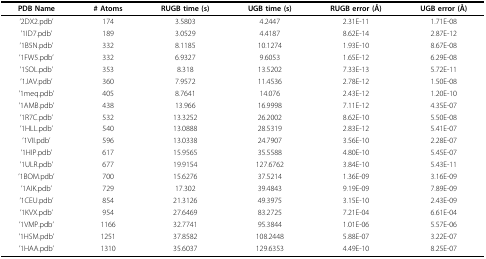
<table><thead><tr><td><b>PDB Name</b></td><td><b># Atoms</b></td><td><b>RUGB time (s)</b></td><td><b>UGB time (s)</b></td><td><b>RUGB error (Å)</b></td><td><b>UGB error (Å)</b></td></tr></thead><tbody><tr><td>&#x27;2DX2.pdb&#x27;</td><td>174</td><td>3.5803</td><td>4.2447</td><td>2.31E-11</td><td>1.71E-08</td></tr><tr><td>&#x27;1ID7.pdb&#x27;</td><td>189</td><td>3.0529</td><td>4.4187</td><td>8.62E-14</td><td>2.87E-12</td></tr><tr><td>&#x27;1B5N.pdb&#x27;</td><td>332</td><td>8.1185</td><td>10.1274</td><td>1.93E-10</td><td>8.67E-08</td></tr><tr><td>&#x27;1FW5.pdb&#x27;</td><td>332</td><td>6.9327</td><td>9.6053</td><td>1.65E-12</td><td>6.29E-08</td></tr><tr><td>&#x27;1SOL.pdb&#x27;</td><td>353</td><td>8.318</td><td>13.5202</td><td>7.33E-13</td><td>5.72E-11</td></tr><tr><td>&#x27;1JAV.pdb&#x27;</td><td>360</td><td>7.9572</td><td>11.4536</td><td>2.78E-12</td><td>1.50E-08</td></tr><tr><td>&#x27;1meq.pdb&#x27;</td><td>405</td><td>8.7641</td><td>14.076</td><td>2.43E-12</td><td>1.20E-10</td></tr><tr><td>&#x27;1AMB.pdb&#x27;</td><td>438</td><td>13.966</td><td>16.9998</td><td>7.11E-12</td><td>4.35E-07</td></tr><tr><td>&#x27;1R7C.pdb&#x27;</td><td>532</td><td>13.3252</td><td>26.2002</td><td>8.62E-10</td><td>5.50E-08</td></tr><tr><td>&#x27;1HLL.pdb&#x27;</td><td>540</td><td>13.0888</td><td>28.5319</td><td>2.83E-12</td><td>5.41E-07</td></tr><tr><td>&#x27;1VII.pdb&#x27;</td><td>596</td><td>13.0338</td><td>24.7907</td><td>3.56E-10</td><td>2.28E-07</td></tr><tr><td>&#x27;1HIP.pdb&#x27;</td><td>617</td><td>15.9565</td><td>35.5588</td><td>4.80E-10</td><td>5.45E-07</td></tr><tr><td>&#x27;1ULR.pdb&#x27;</td><td>677</td><td>19.9154</td><td>127.6762</td><td>3.84E-10</td><td>5.43E-11</td></tr><tr><td>&#x27;1BOM.pdb&#x27;</td><td>700</td><td>15.6276</td><td>37.5214</td><td>1.36E-09</td><td>3.16E-09</td></tr><tr><td>&#x27;1AIK.pdb&#x27;</td><td>729</td><td>17.302</td><td>39.4843</td><td>9.19E-09</td><td>7.89E-09</td></tr><tr><td>&#x27;1CEU.pdb&#x27;</td><td>854</td><td>21.3126</td><td>49.3975</td><td>3.15E-10</td><td>2.43E-09</td></tr><tr><td>&#x27;1KVX.pdb&#x27;</td><td>954</td><td>27.6469</td><td>83.2725</td><td>7.21E-04</td><td>6.61E-04</td></tr><tr><td>&#x27;1VMP.pdb&#x27;</td><td>1166</td><td>32.7741</td><td>95.3844</td><td>1.01E-06</td><td>5.57E-06</td></tr><tr><td>&#x27;1HSM.pdb&#x27;</td><td>1251</td><td>37.8582</td><td>108.2448</td><td>5.88E-07</td><td>3.22E-07</td></tr><tr><td>&#x27;1HAA.pdb&#x27;</td><td>1310</td><td>35.6037</td><td>129.6353</td><td>4.49E-10</td><td>8.25E-07</td></tr></tbody></table>